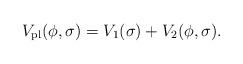
LaTeX: \begin{align*}V_{\rm pl}(\phi, \sigma) = V_1(\sigma) + V_2(\phi, \sigma).\end{align*}